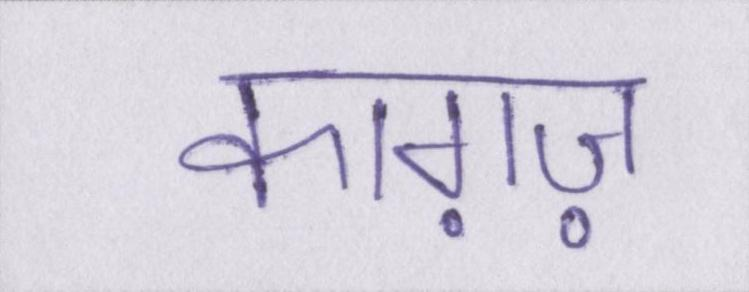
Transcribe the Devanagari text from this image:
काग़ज़